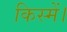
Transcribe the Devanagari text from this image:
किस्में।